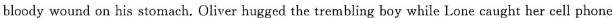
bloody wound on his stomach. Oliver hugged the trembling boy while Lone caught her cell phone